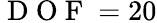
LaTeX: \mathrm{~D~O~F~}=20